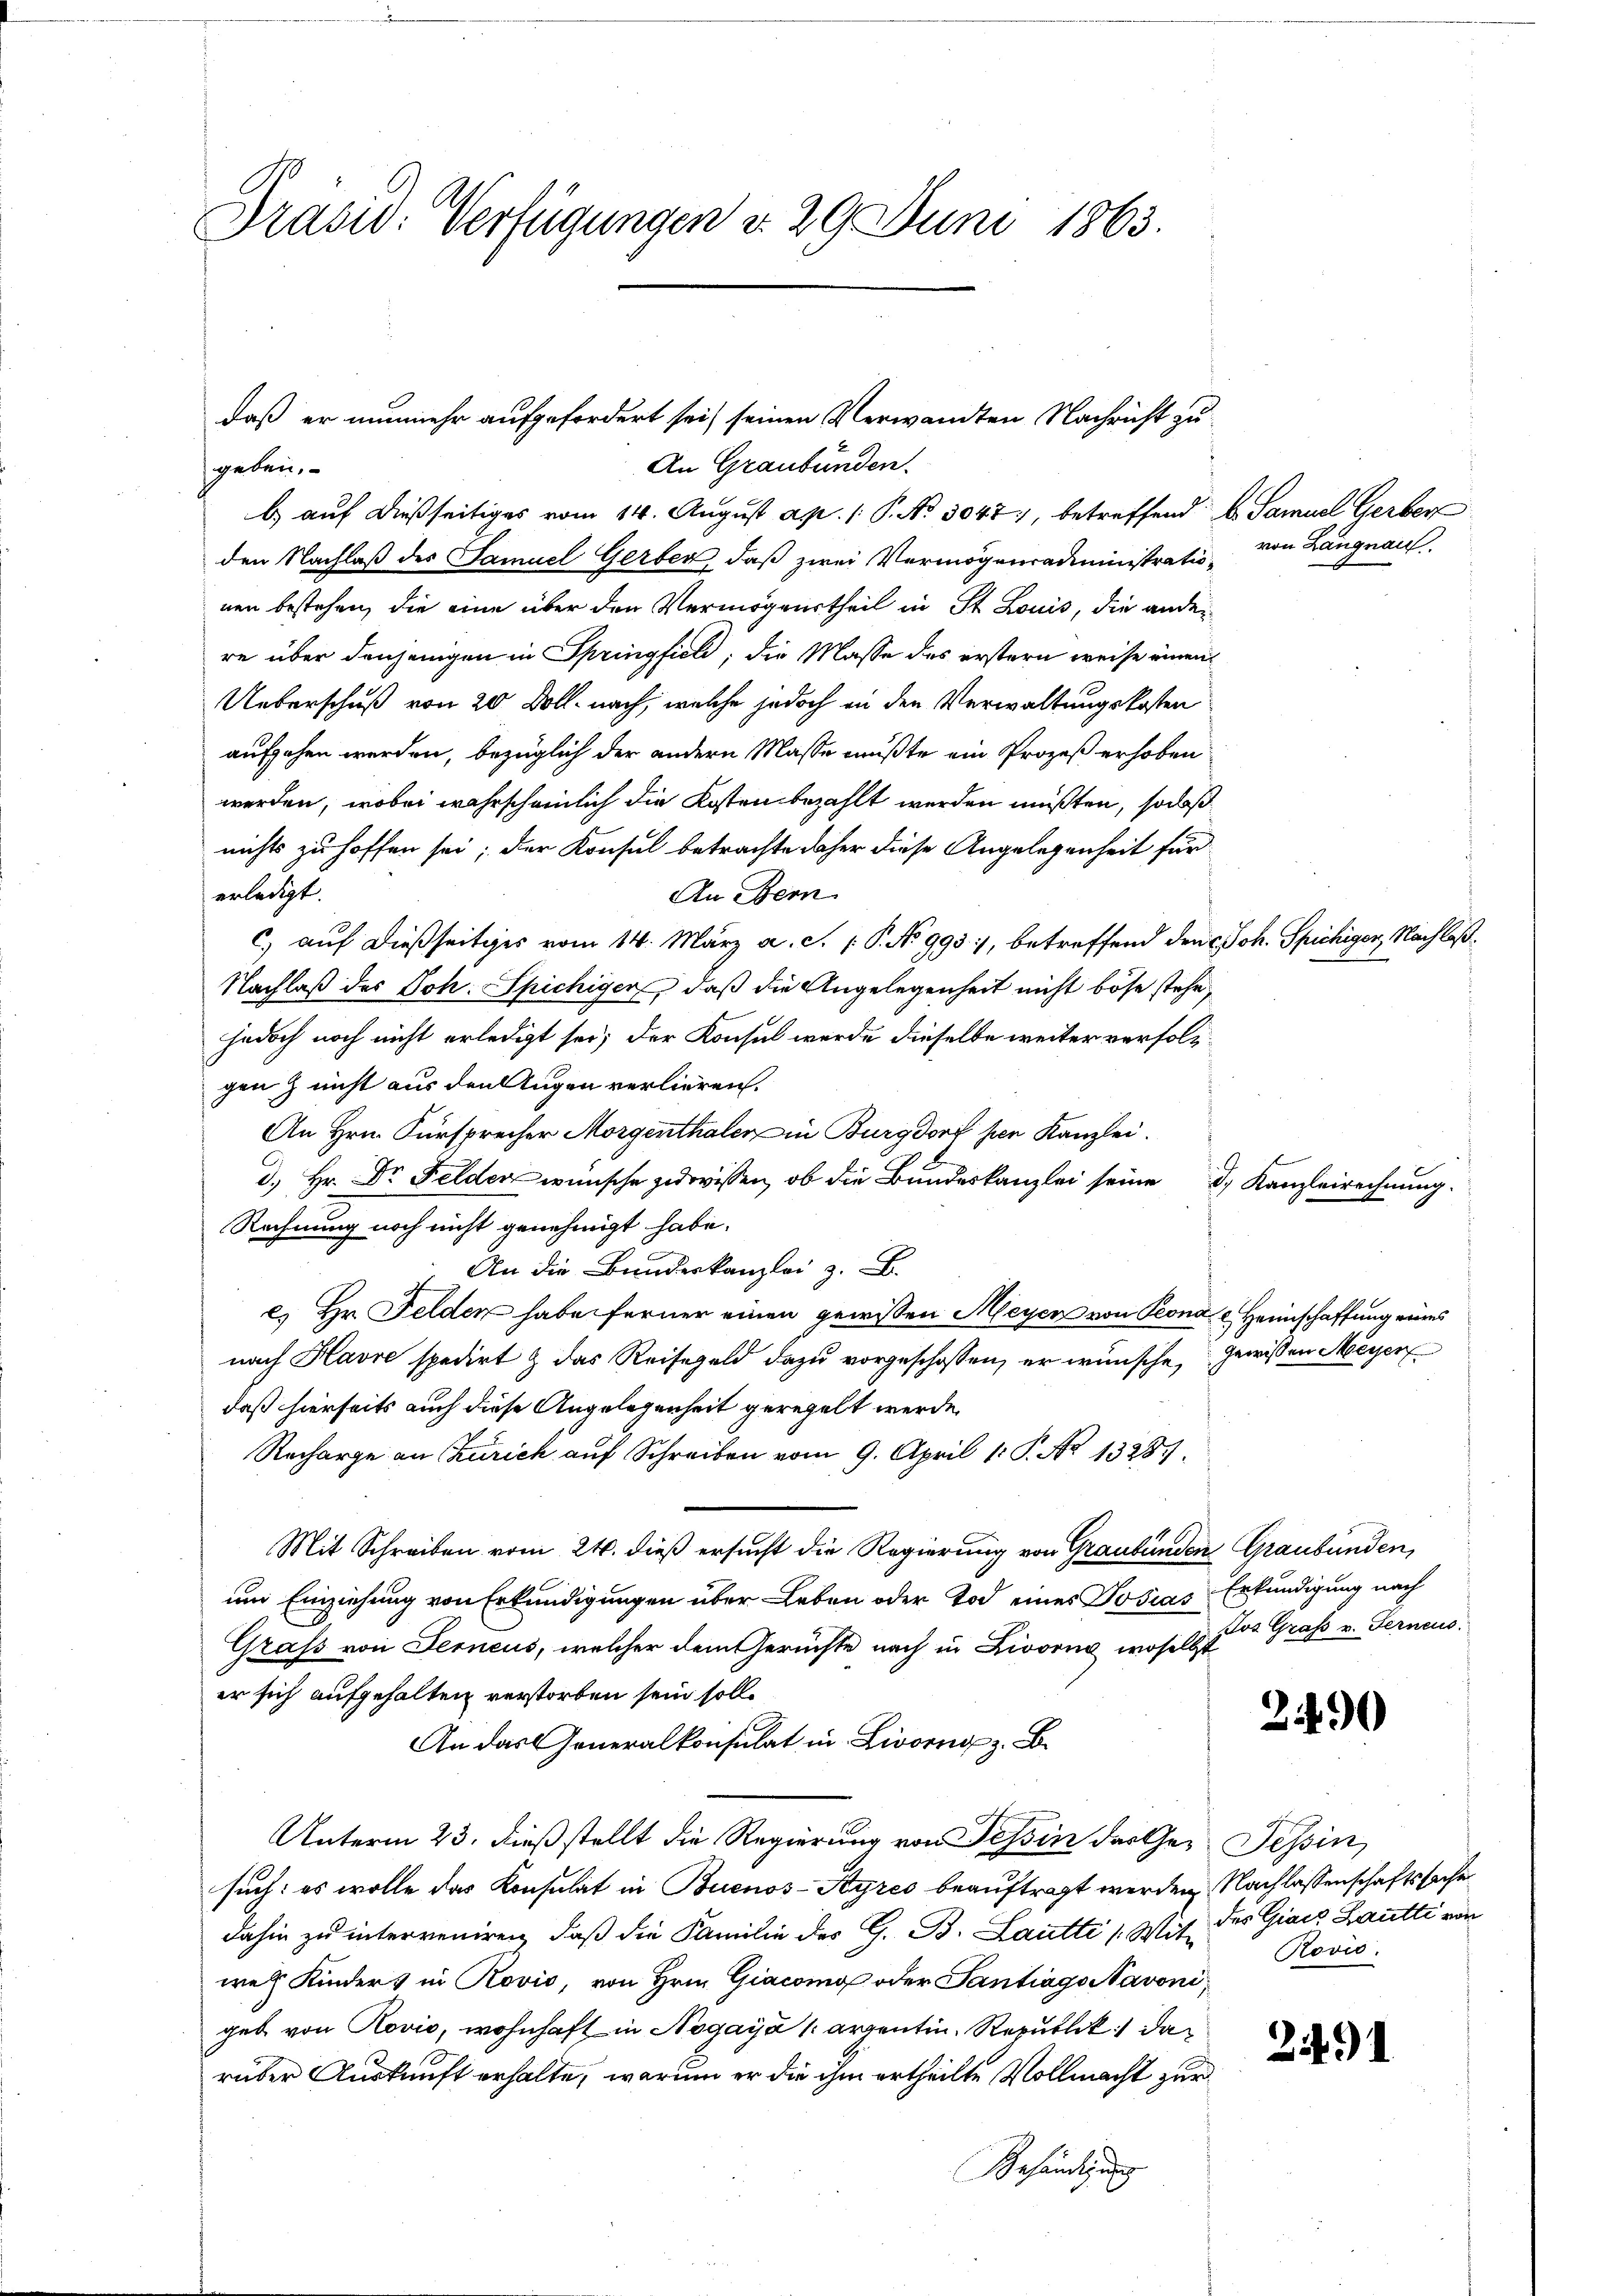
Präsid. Verfügungen d. 29. Juni 1863.

An Graubünden.
geben.
b.) auf dießseitiges vom 14. August ap. 1 P. No 3047), betreffend b. Samuel Gerber
den Nachlaß des Samuel Gerber, daß zwei Vermögensadministrationen bestehen, die eine über den Vermögeurtheil in St. Louis, die ander
re über denjenigen in Springfiele; die Masse des erstern weise einen
Ueberschuß von 20 Doll nach, welche jedoch in den Verwaltungskosten
aufgehen werden, bezüglich der andern Masse mußte ein Prozeß erhoben
werden, wobei wahrscheinlich die Kosten bezahlt werden müßten, sodaß
nichts zu hoffen sei; der Konsul betrachte daher diese Angelegenheit für
erledigt.
An Bern
c.) auf dießseitiges vom 14. März a. S. P. No 995), betreffend den Joh. Spichiger, Nachlaß¬
Nachlaß des Joh. Spichiger, daß die Angelegenheit nicht böse stehe,
jedoch noch nicht erledigt sei; der Konsul werde dieselbe weiter verfolggenz nicht aus den Augen verlieren.
An Hrn. Fürsprecher Morgenthaler in Burgdorf per Kanzlei.
d. Hr. Dr Felder wünsche zuwissen, ob die Bundeskanzlei seine
Rechnung noch nicht genehmigt habe.
An die Bundeskanzlei z. B.
e) Hr. Felden haben ferner einen gewissen Meyer von Prona e Heimschaffung eines
nach Havre spedirt & das Reisegeld dazu vorgeschossen, er wünsche, Gewissen Meyer
daß hierseits auch diese Angelegenheit geregelt werde.
Recharge an Zürich auf Schreiben vom 9. April 1. P. No 13287.
Mit Schreiben vom 24. dieß ersucht die Regierung von Graubünden Graubünden,
um Einziehung von Erkundigungen über Leben oder Tod eines Josias
Graß von Ferneus, welcher dem Gerüchte nach in Livorno, woselbst
er sich aufgehalten verstorben sein soll.
An das Generalkonsulat in Livorno z. B.
Unterm 23. dieß stellt die Regierung von Tessin das Ge- Tessin,
such: es wolle das Konsulat in Buenos-Ayres beauftragt werden, Nachlassenschaftssachen
dahin zu interveniren, daß die Familie des G. B. Lautti /: Mit des Giais Lautti von
wel Kinders in Rović, von Hrn. Giacono oder Tantrags Navoni,
geb von Rović, wohnhaft in Nogaya /: arzentin, Republik da
rüber Auskunft erhalte, warum er die ihm ertheilte Vollmacht zur
Behändigung

daß er nunmehr aufgefordert sei) seinen Verwandten Nachricht zu

von Langnau.

d. Kanzleirechnung.

Erkundigung nach
Jos Graf v. Ferneus

2490

2491

Rovio.